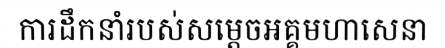
ការដឹកនាំរបស់សម្តេចអគ្គមហាសេនា